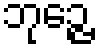
ဘုဉ္ဇေ